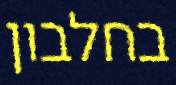
בחלבון